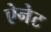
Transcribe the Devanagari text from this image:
ऐनेट